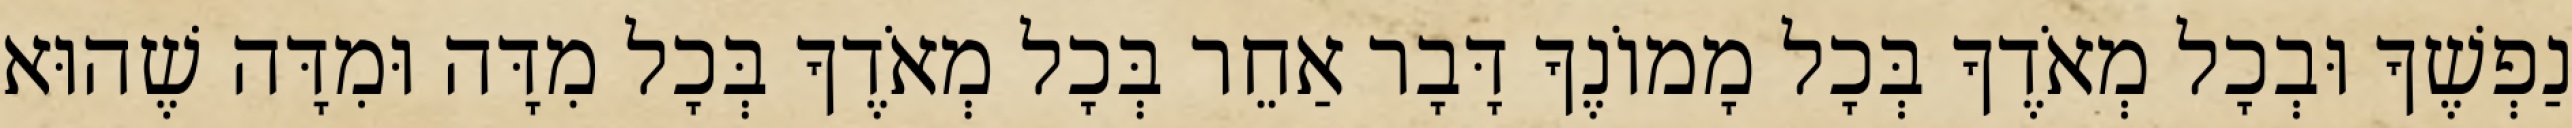
נַפְשֶׁךָ וּבְכָל מְאֹדֶךָ בְּכָל מָמוֹנֶךָ דָּבָר אַחֵר בְּכָל מְאֹדֶךָ בְּכָל מִדָּה וּמִדָּה שֶׁהוּא